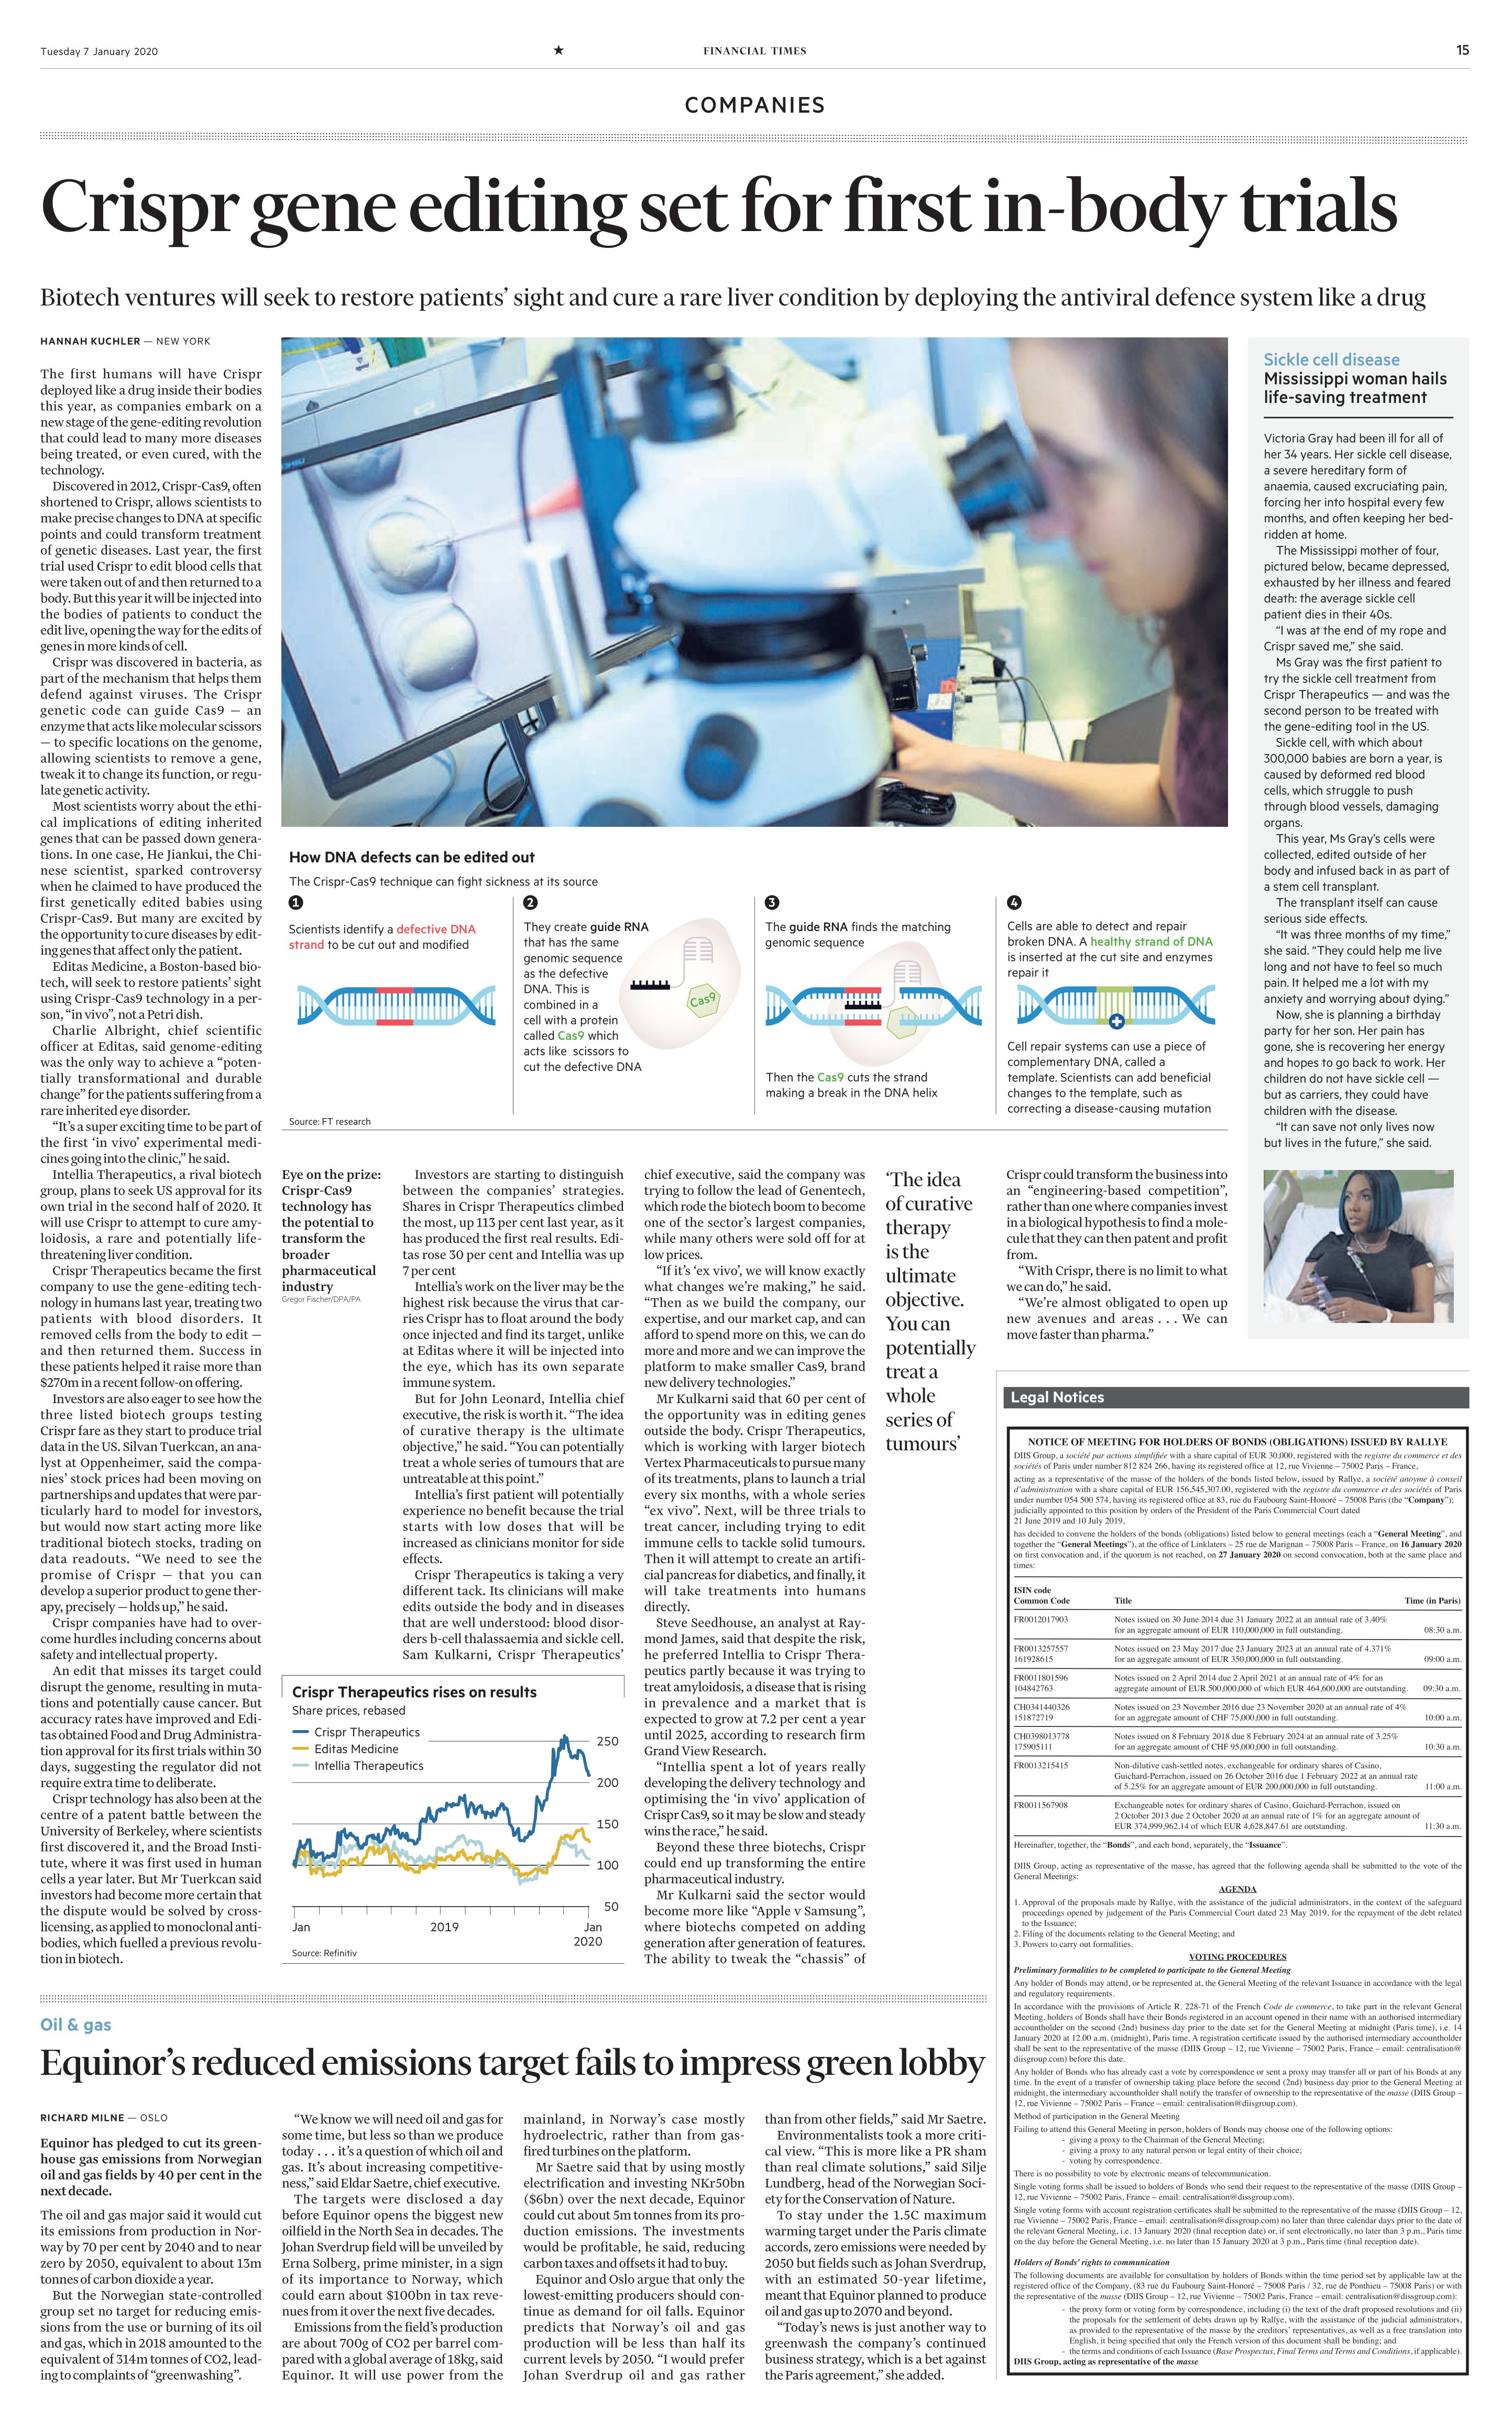
Language: en